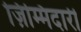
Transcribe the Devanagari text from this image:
ज़िम्मिदारी